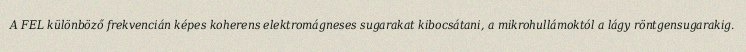
A FEL különböző frekvencián képes koherens elektromágneses sugarakat kibocsátani, a mikrohullámoktól a lágy röntgensugarakig.